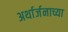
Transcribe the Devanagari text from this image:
अर्थार्जनाच्या